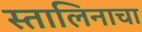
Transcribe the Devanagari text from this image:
स्तालिनाचा